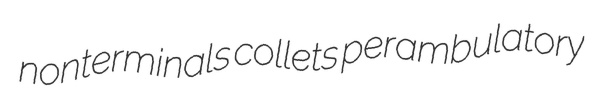
nonterminals collets perambulatory